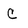
Character: C